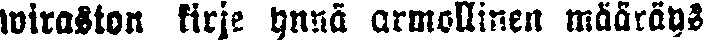
wiraston kirje ynnä armollinen määräys